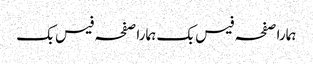
ہمارا صفحہ فیس بک	ہمارا صفحہ فیس بک